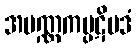
အပဏ္ဏကပ္ပဋိပဒံ